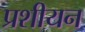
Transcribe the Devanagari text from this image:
प्रशीयन